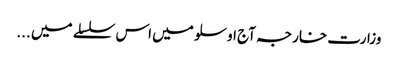
وزارت خارجہ آج اوسلو میں اس سلسلے میں ...